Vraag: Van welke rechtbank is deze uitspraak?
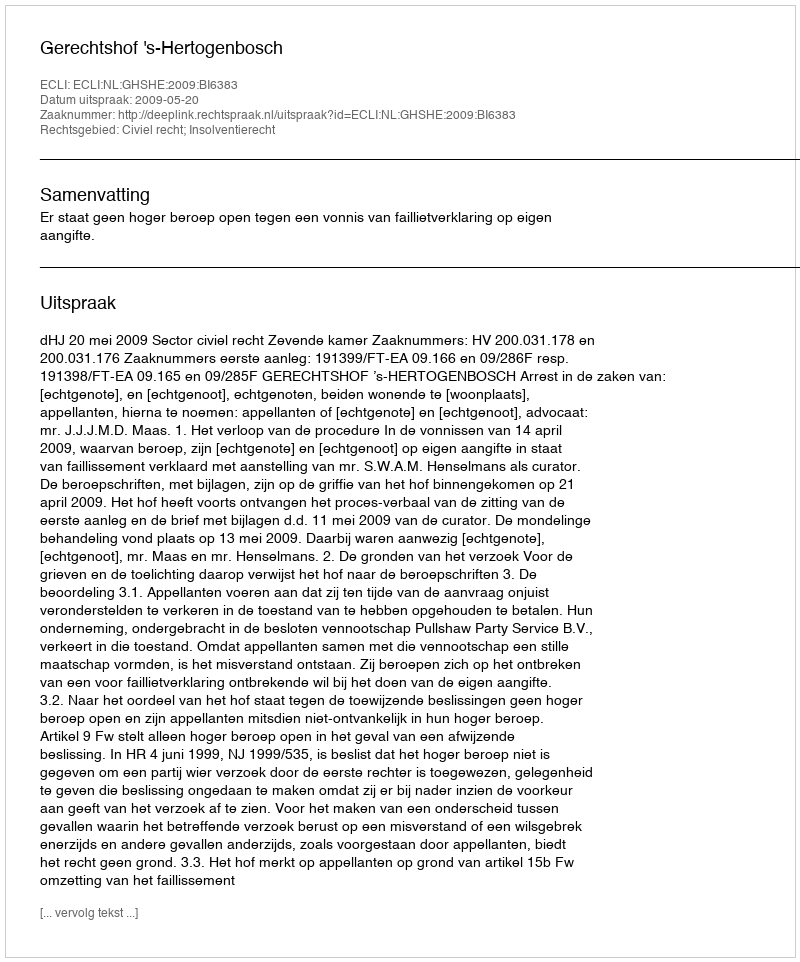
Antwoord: Gerechtshof 's-Hertogenbosch